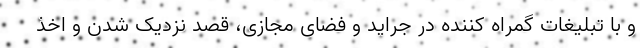
و با تبلیغات گمراه کننده در جراید و فضای مجازی، قصد نزدیک شدن و اخذ